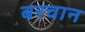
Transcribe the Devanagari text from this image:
बरचान